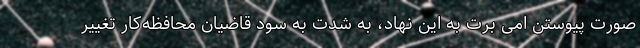
صورت پیوستن امی برت به این نهاد، به شدت به سود قاضیان محافظه‌کار تغییر